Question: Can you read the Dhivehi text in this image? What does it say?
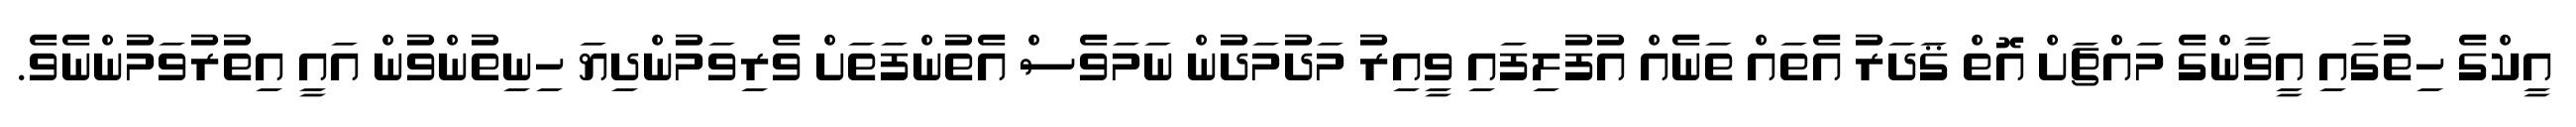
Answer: އީކްގެ ހިތުގައި އީވާންގެ މައްޗަށް އޮތް ޤަދަރު އެތައް ތަނެއް އުފުލިފައި ވީއިރު މަދުމަދުން ނަމަވެސް އެތުންފަތަށް ވެރިވަމުންދިޔަ ހިނިތުންވުން އައީ އިތުރުވަމުންނެވެ.